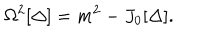
LaTeX: \Omega ^ { 2 } [ \Delta ] = m ^ { 2 } - J _ { 0 } [ \Delta ] .